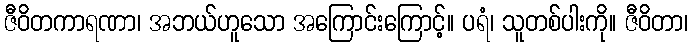
ဇီဝိတကာရဏာ၊ အဘယ်ဟူသော အကြောင်းကြောင့်။ ပရံ၊ သူတစ်ပါးကို။ ဇီဝိတာ၊